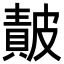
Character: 𭽴